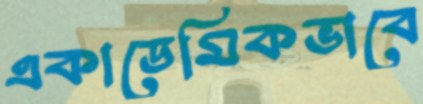
একাডেমিকভাবে